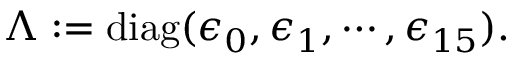
\begin{array} { r } { \Lambda : = \operatorname { d i a g } ( \epsilon _ { 0 } , \epsilon _ { 1 } , \cdots , \epsilon _ { 1 5 } ) . } \end{array}